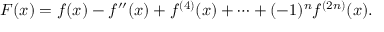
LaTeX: F ( x ) = f ( x ) - f ^ { \prime \prime } ( x ) + f ^ { ( 4 ) } ( x ) + \cdots + ( - 1 ) ^ { n } f ^ { ( 2 n ) } ( x ) .